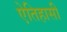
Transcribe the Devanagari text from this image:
ऐतिहासी